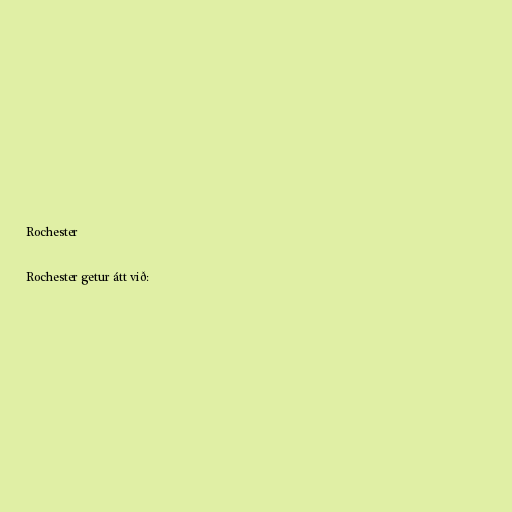
Rochester

Rochester getur átt við: